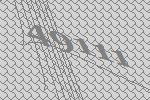
49111